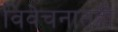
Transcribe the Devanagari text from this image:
विवेचनातही